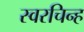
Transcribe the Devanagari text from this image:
स्वरचिन्ह